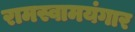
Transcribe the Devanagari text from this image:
रामस्वामयंगार